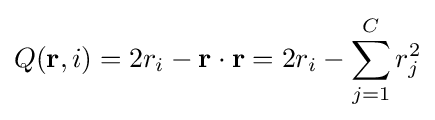
Q(\mathbf {r} ,i)=2r_{i}-\mathbf {r} \cdot \mathbf {r} =2r_{i}-\sum _{j=1}^{C}r_{j}^{2}